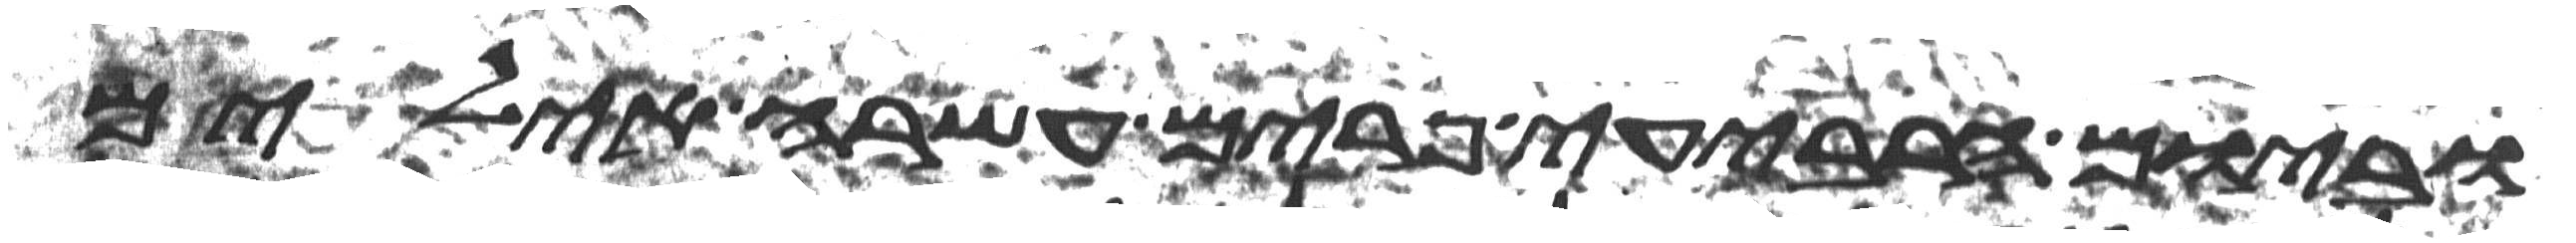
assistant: וביום הרביעי פרים עשרה אילים